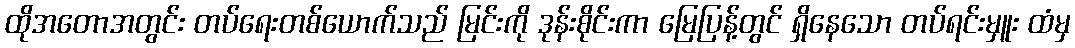
ထိုအတောအတွင်း တပ်ရေးတစ်ယောက်သည် မြင်းကို ဒုန်းစိုင်းကာ မြေပြန့်တွင် ရှိနေသော တပ်ရင်းမှူး ထံမှ